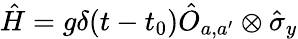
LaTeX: \hat{H}=g\delta(t-t_{0})\hat{O}_{a,a^{\prime}}\otimes\hat{\sigma}_{y}